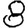
Digit: 8